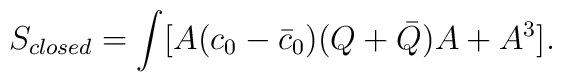
S_{closed} =\int [A (c_0-\bar c_0) (Q+\bar Q) A + A^3].